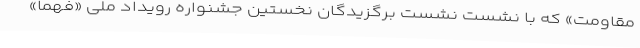
مقاومت» که با نشست نشست برگزیدگان نخستین جشنواره رویداد ملی «فهما»